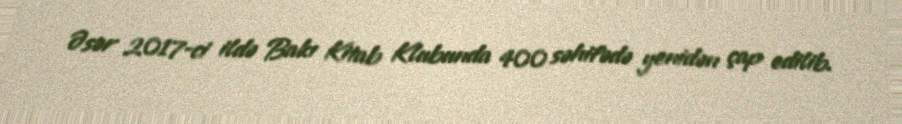
Əsər 2017-ci ildə Bakı Kitab Klubunda 400 səhifədə yenidən çap edilib.